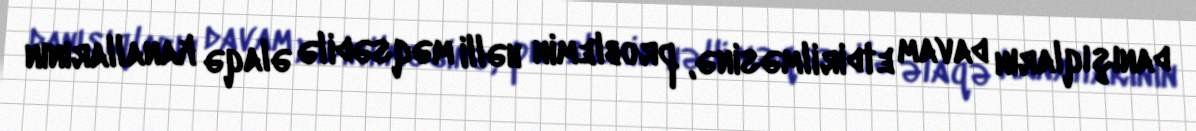
danışıqların davam etdirilməsinə, problemin həlli məqsədilə əlaqə kanallarının